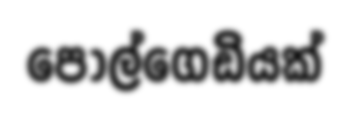
පොල්ගෙඩියක්